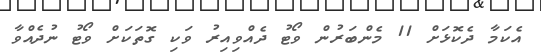
އެކަމާ ދެކޮޅަށް 11 މެންބަރުން ވޯޓު ދެއްވިއިރު ވަކި ގޮތަކަށް ވޯޓު ނުދެއްވާ